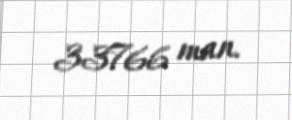
33766 man.